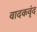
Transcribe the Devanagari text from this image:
वादकवृंद